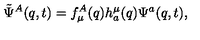
\tilde { \Psi } ^ { A } ( q , t ) = f _ { \mu } ^ { A } ( q ) h _ { a } ^ { \mu } ( q ) \Psi ^ { a } ( q , t ) ,